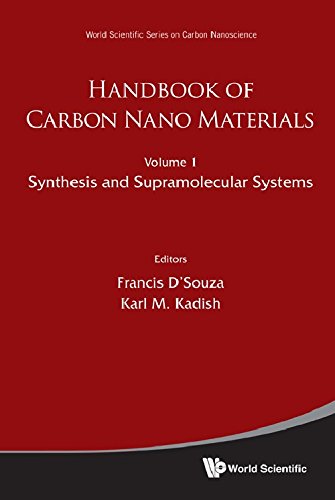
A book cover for Handbook of Carbon Nano Materials (In 2 Volumes), Volume 1: Syntheses and Supramolecular Systems, Volume 2: Electron Transfer and Applications (Series on Carbon Nanoscience); Francis D'Souza; Science & Math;